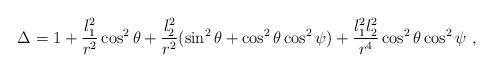
LaTeX: \begin{align*}\Delta = 1+\frac{l_1^2}{r^2}\cos^2\theta +\frac{l_2^2}{r^2}(\sin^2\theta+\cos^2\theta\cos^2\psi )+\frac{l_1^2l_2^2}{r^4}\cos^2\theta\cos^2\psi\ ,\end{align*}